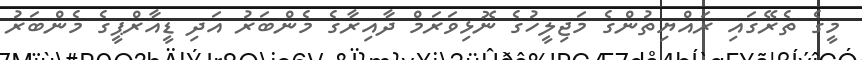
މީގެ ތެރޭގައި ރައްޔިތުންގެ މަޖިލީހުގެ ނޮޅިވަރަމް ދާއިރާގެ މެންބަރު އަދި ޑީއާރްޕީގެ މެންބަރު